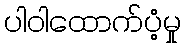
ပါဝါထောက်ပံ့မှု